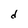
Character: d